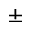
\pm